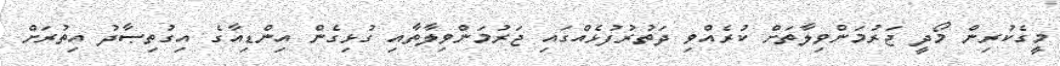
މީގެކުރިން މޯދީ ޖަރުމަންވިލާތަށް ކުރެއްވި ދަތުރުފުޅެއްގައި ޖަރުމަންވިލާތާއި ގުޅިގެން އިންޑިއާގެ އިގުތިޞާދު އިތުރަށް